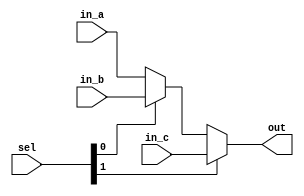
`timescale 1ns / 1ps
//////////////////////////////////////////////////////////////////////////////////
// Company: 
// Engineer: 
// 
// Design Name: 
// Module Name: mux_3_1
// Project Name: 
// Target Devices: 
// Tool Versions: 
// Description: 
// 
// Dependencies: 
// 
// Revision:
// Revision 0.01 - File Created
// Additional Comments:
// 
//////////////////////////////////////////////////////////////////////////////////


module mux_3_1(
    input [31:0] in_a,
    input [31:0] in_b,
    input [31:0] in_c,
    input [1:0] sel,
    output [31:0] out
    );
    
    assign out = sel[1] == 1'b1 ? in_c : (sel[0] == 1'b1 ? in_b : in_a);

endmodule